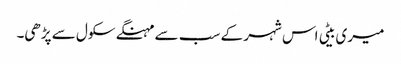
میری بیٹی اس شہر کے سب سے مہنگے سکول سے پڑھی۔